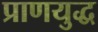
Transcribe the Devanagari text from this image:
प्राणयुद्ध